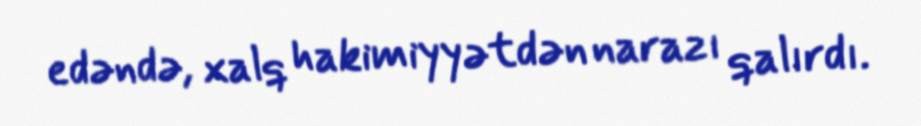
edəndə, xalq hakimiyyətdən narazı qalırdı.